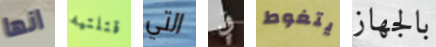
انها قتلتيه التي في يتغوط بالجهاز